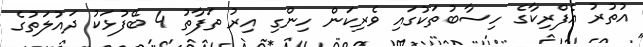
އުތުރު އެފްރިކާގެ ހިސާބުތަކުގައި ވެރިކަން ހިންގި އިރު ތަފާތު 4 ބޭފުޅަކު ދައުލަތުގެ